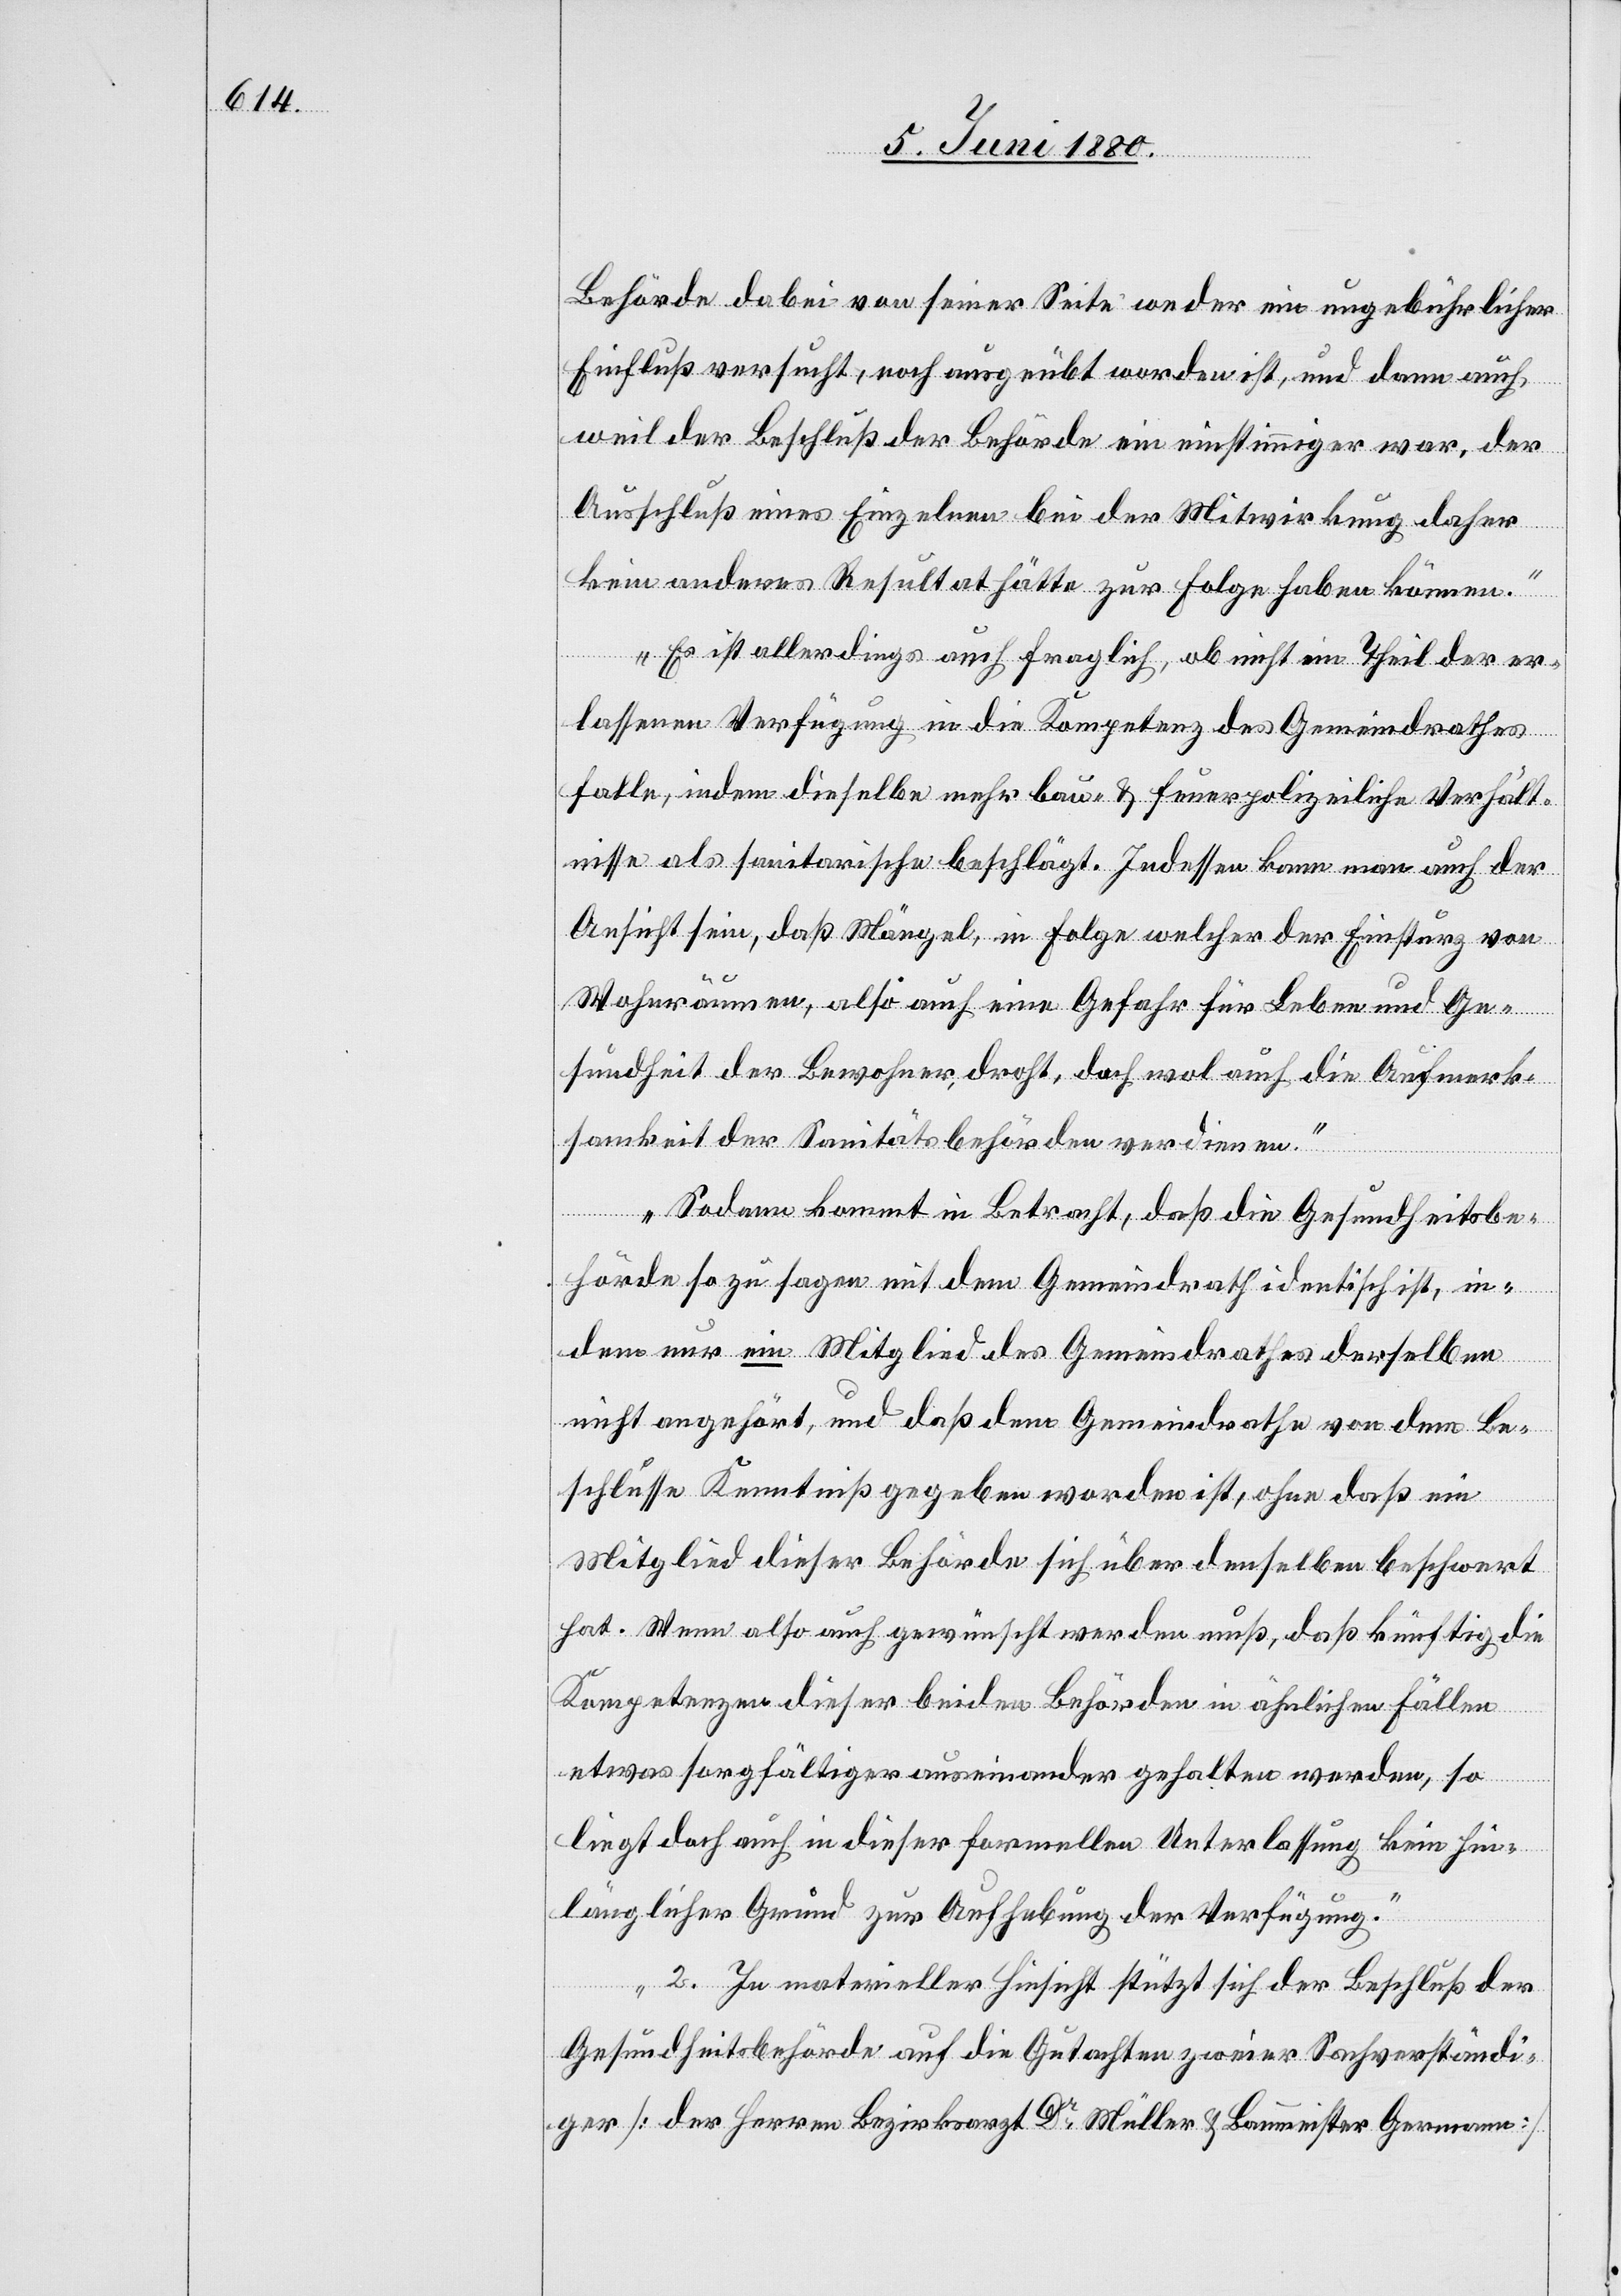
Behörde dabei von seiner Seite weder ein ungebührlicher
Einfluß versucht, noch ausgeübt worden ist, und dann auch
weil der Beschluß der Behörde ein einstimmiger war, der
Ausschluß eines Einzelnen bei der Mitwirkung daher
kein anderes Resultat hätte zur Folge haben können.
Es ist allerdings auch fraglich, ob nicht ein Theil der er¬
lassenen Verfügung in die Kompetenz des Gemeindrathes
falle, indem dieselbe mehr bau- & feuerpolizeiliche Verhält¬
nisse als sanitarische beschlägt. Indessen kann man auch der
Ansicht sein, daß Mängel, in Folge welcher der Einsturz von
Wohnräumen, also auch eine Gefahr für Leben und Ge¬
sundheit der Bewohner, droht, doch wol auch die Aufmerk¬
samkeit der Sanitätsbehörden verdienen.
Sodann kommt in Betracht, daß die Gesundheitsbe¬
hörde so zu sagen mit dem Gemeindrath identisch ist, in¬
dem nur ein Mitglied des Gemeindrathes derselben
nicht angehört, und daß dem Gemeindrathe von dem Be¬
schlusse Kenntniß gegeben worden ist, ohne daß ein
Mitglied dieser Behörde sich über denselben beschwert
hat. Wenn also auch gewünscht werden muß, daß künftig die
Kompetenzen dieser beiden Behörden in ähnlichen Fällen
etwas sorgfältiger auseinander gehalten werden, so
liegt doch auch in dieser formellen Unterlassung kein hin¬
länglicher Grund zur Aufhebung der Verfügung.
2. In materieller Hinsicht stützt sich der Beschluß der
Gesundheitsbehörde auf die Gutachten zweier Sachverständi¬
ger [der Herren Bezirksarzt Dr Müller & Baumeister Germann]